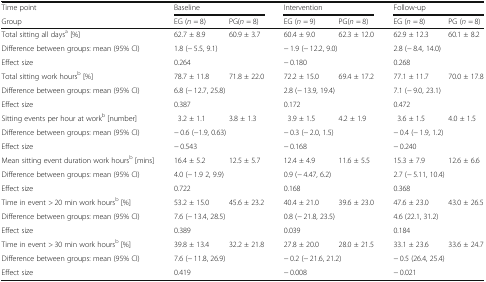
<table><thead><tr><td><b>Time point</b></td><td colspan="2"><b>Baseline</b></td><td colspan="2"><b>Intervention</b></td><td colspan="2"><b>Follow-up</b></td></tr><tr><td><b>Group</b></td><td><b>EG (<i>n</i> = 8)</b></td><td><b>PG(<i>n</i> = 8)</b></td><td><b>EG (<i>n</i> = 9)</b></td><td><b>PG(<i>n</i> = 8)</b></td><td><b>EG (<i>n</i> = 8)</b></td><td><b>PG (<i>n</i> = 8)</b></td></tr></thead><tbody><tr><td>Total sitting all days<sup>a</sup> [%]</td><td>62.7 ± 8.9</td><td>60.9 ± 3.7</td><td>60.4 ± 9.0</td><td>62.3 ± 12.0</td><td>62.9 ± 12.3</td><td>60.1 ± 8.2</td></tr><tr><td>Difference between groups: mean (95% CI)</td><td colspan="2">1.8 (− 5.5, 9.1)</td><td colspan="2">− 1.9 (− 12.2, 9.0)</td><td colspan="2">2.8 (− 8.4, 14.0)</td></tr><tr><td>Effect size</td><td colspan="2">0.264</td><td colspan="2">− 0.180</td><td colspan="2">0.268</td></tr><tr><td>Total sitting work hours<sup>b</sup> [%]</td><td>78.7 ± 11.8</td><td>71.8 ± 22.0</td><td>72.2 ± 15.0</td><td>69.4 ± 17.2</td><td>77.1 ± 11.7</td><td>70.0 ± 17.8</td></tr><tr><td>Difference between groups: mean (95% CI)</td><td colspan="2">6.8 (− 12.7, 25.8)</td><td colspan="2">2.8 (− 13.9, 19.4)</td><td colspan="2">7.1 (− 9.0, 23.1)</td></tr><tr><td>Effect size</td><td colspan="2">0.387</td><td colspan="2">0.172</td><td colspan="2">0.472</td></tr><tr><td>Sitting events per hour at work<sup>b</sup> [number]</td><td>3.2 ± 1.1</td><td>3.8 ± 1.3</td><td>3.9 ± 1.5</td><td>4.2 ± 1.9</td><td>3.6 ± 1.5</td><td>4.0 ± 1.5</td></tr><tr><td>Difference between groups: mean (95% CI)</td><td colspan="2">− 0.6 (−1.9, 0.63)</td><td colspan="2">− 0.3 (− 2.0, 1.5)</td><td colspan="2">− 0.4 (− 1.9, 1.2)</td></tr><tr><td>Effect size</td><td colspan="2">− 0.543</td><td colspan="2">− 0.168</td><td colspan="2">− 0.240</td></tr><tr><td>Mean sitting event duration work hours<sup>b</sup> [mins]</td><td>16.4 ± 5.2</td><td>12.5 ± 5.7</td><td>12.4 ± 4.9</td><td>11.6 ± 5.5</td><td>15.3 ± 7.9</td><td>12.6 ± 6.6</td></tr><tr><td>Difference between groups: mean (95% CI)</td><td colspan="2">4.0 (− 1.9 2, 9.9)</td><td colspan="2">0.9 (− 4.47, 6.2)</td><td colspan="2">2.7 (− 5.11, 10.4)</td></tr><tr><td>Effect size</td><td colspan="2">0.722</td><td colspan="2">0.168</td><td colspan="2">0.368</td></tr><tr><td>Time in event &gt; 20 min work hours<sup>b</sup> [%]</td><td>53.2 ± 15.0</td><td>45.6 ± 23.2</td><td>40.4 ± 21.0</td><td>39.6 ± 23.0</td><td>47.6 ± 23.0</td><td>43.0 ± 26.5</td></tr><tr><td>Difference between groups: mean (95% CI)</td><td colspan="2">7.6 (− 13.4, 28.5)</td><td colspan="2">0.8 (− 21.8, 23.5)</td><td colspan="2">4.6 (22.1, 31.2)</td></tr><tr><td>Effect size</td><td colspan="2">0.389</td><td colspan="2">0.039</td><td colspan="2">0.184</td></tr><tr><td>Time in event &gt; 30 min work hours<sup>b</sup> [%]</td><td>39.8 ± 13.4</td><td>32.2 ± 21.8</td><td>27.8 ± 20.0</td><td>28.0 ± 21.5</td><td>33.1 ± 23.6</td><td>33.6 ± 24.7</td></tr><tr><td>Difference between groups: mean (95% CI)</td><td colspan="2">7.6 (− 11.8, 26.9)</td><td colspan="2">− 0.2 (− 21.6, 21.2)</td><td colspan="2">− 0.5 (26.4, 25.4)</td></tr><tr><td>Effect size</td><td colspan="2">0.419</td><td colspan="2">− 0.008</td><td colspan="2">− 0.021</td></tr></tbody></table>